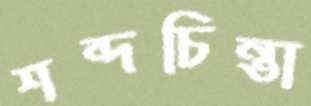
শব্দচিন্তা